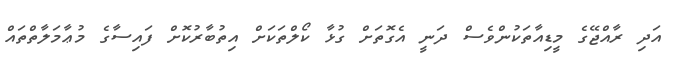
އަދި ރާއްޖޭގެ މީޑިއާތަކުންވެސް ދަނީ އެގޮތަށް ގުޅާ ކޯލްތަކަށް އިތުބާރުކޮށް ފައިސާގެ މުޢާމަލާތްތައް